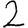
Digit: 2